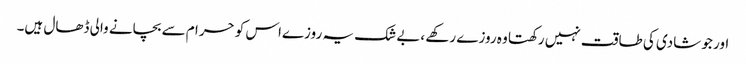
اور جو شادی کی طاقت نہیں رکھتا وہ روزے رکھے ،بے شک یہ روزےاس کو حرا م سے بچانے والی ڈھال ہیں۔